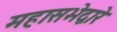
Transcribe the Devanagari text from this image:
महासभेद्वारे